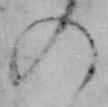
の